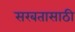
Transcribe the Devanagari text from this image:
सरबतासाठी